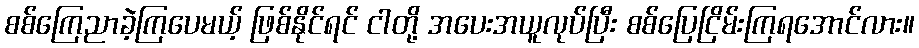
စစ်ကြေညာခဲ့ကြပေမယ့် ဖြစ်နိုင်ရင် ငါတို့ အပေးအယူလုပ်ပြီး စစ်ပြေငြိမ်းကြရအောင်လား။